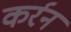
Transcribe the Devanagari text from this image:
कर्रन